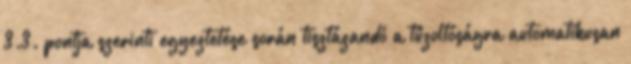
3.3. pontja szerinti egyeztetése során tisztázandó a tûzoltóságra automatikusan